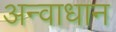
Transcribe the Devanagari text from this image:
अन्वाधान